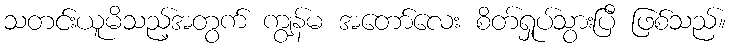
သတင်းယူမိသည့်အတွက် ကျွန်မ အတော်လေး စိတ်ရှုပ်သွားပြီ ဖြစ်သည်။